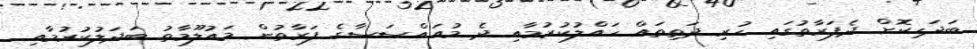
ބަދަހިކޮށް ދެފަރާތުގައި ހުރި ދަތިތައް ހައްލުކުރުމާއި ދެ މުއައްސަސާގެ ފަރާތުން މައުލޫމާތު ބަދަލުކުރުމާއި